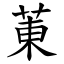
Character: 菄